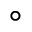
^ \circ